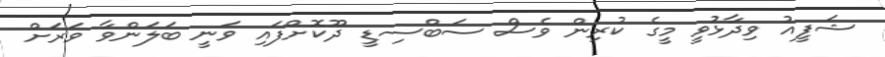
ޝަފީއު ވިދާޅުވީ މީގެ ކުރިން ވެސް ސަބްސިޑީ ދޫކޮށްފައި ވަނީ ބަލަންވާ ވަރަށް